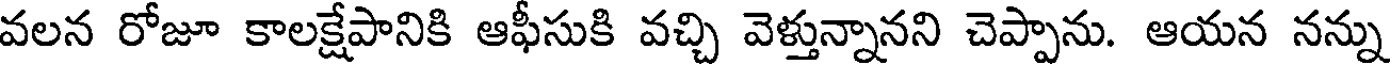
వలన రోజూ కాలక్షేపానికి ఆఫీసుకి వచ్చి వెళ్తున్నానని చెప్పాను. ఆయన నన్ను